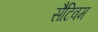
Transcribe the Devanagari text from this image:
सैटिवम